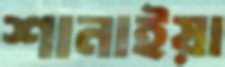
শানাইয়া